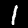
Label: 1